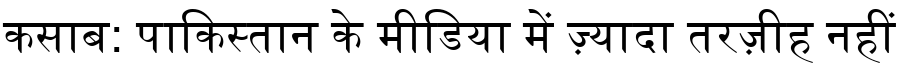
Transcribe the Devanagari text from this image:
कसाब: पाकिस्तान के मीडिया में ज़्यादा तरज़ीह नहीं